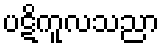
ပဋိကူလသညာ